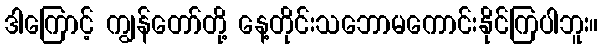
ဒါကြောင့် ကျွန်တော်တို့ နေ့တိုင်းသဘောမကောင်းနိုင်ကြပါဘူး။